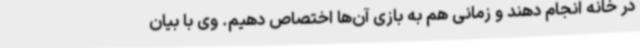
در خانه انجام دهند و زمانی هم به بازی آن‌ها اختصاص دهیم. وی با بیان